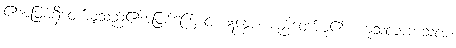
၏အဖြစ်ရှိတော်မူသည်၏အဖြစ်ကြောင့်။ ဣန္ဒော၊ မည်တော်မူ၏။ ကုသလာကုသလံ၊